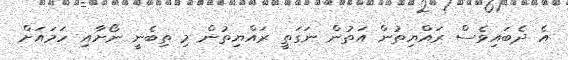
އެ ދެބައިވެސް ރައްޔިތުން އަތުން ނަގަތީ ރައްޔިތުން މި ތިބެނީ ނޯށާއި ހަމައަށް